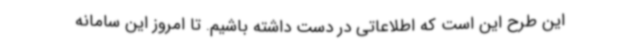
این طرح این است که اطلاعاتی در دست داشته‌ باشیم. تا امروز این سامانه